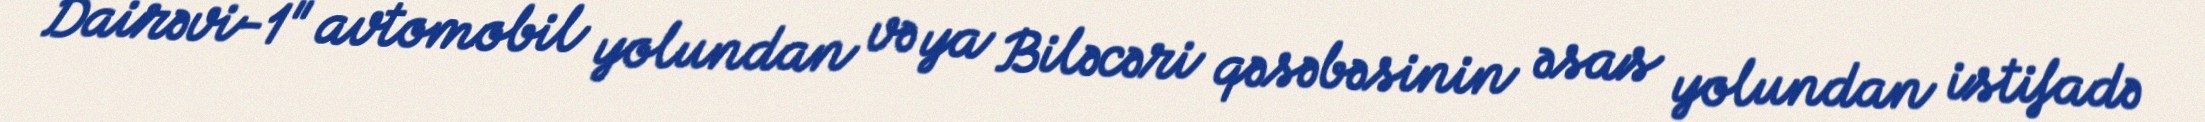
Dairəvi-1" avtomobil yolundan və ya Biləcəri qəsəbəsinin əsas yolundan istifadə